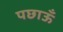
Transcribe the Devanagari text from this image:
पछाऊँ